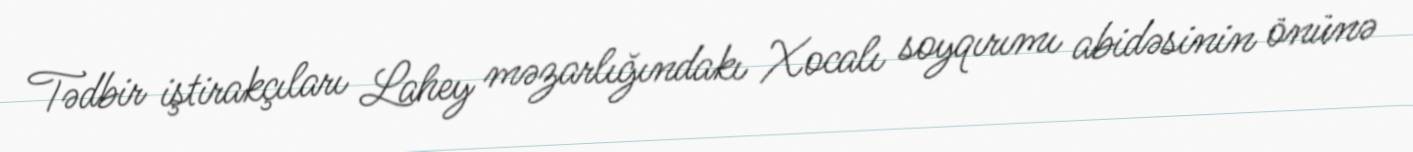
Tədbir iştirakçıları Lahey məzarlığındakı Xocalı soyqırımı abidəsinin önünə